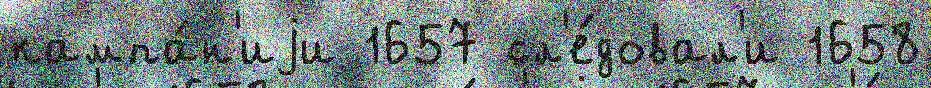
кампа́н'иjи 1657 сл'е́довал'и 1658